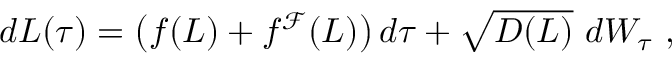
\begin{array} { r } { d L ( \tau ) = \left( f ( L ) + f ^ { \mathcal { F } } ( L ) \right) d \tau + \sqrt { D ( L ) } \ d W _ { \tau } \ , } \end{array}